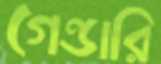
গেন্ডারি